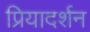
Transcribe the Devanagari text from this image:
प्रियादर्शन